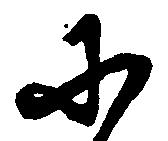
に